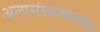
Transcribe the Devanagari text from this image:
अल्पसंख्याकावरील